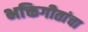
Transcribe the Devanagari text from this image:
भक्तिगीतांचा